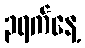
၃ရက်နေ့